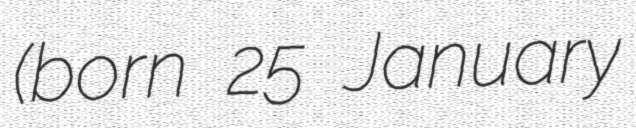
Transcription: (born 25 January